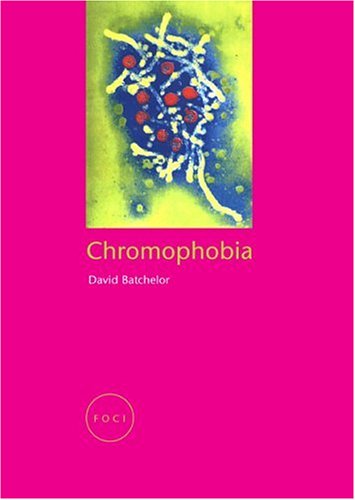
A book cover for Chromophobia (Focus on Contemporary Issues); David Batchelor; Politics & Social Sciences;